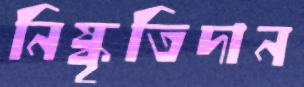
নিষ্কৃতিদান